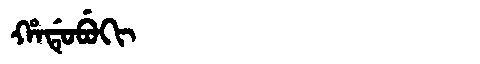
Manchu: ᡥᠠᡩᡠᠪᡠᡴᡳ
Romanization: HADUBUKI